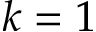
k = 1